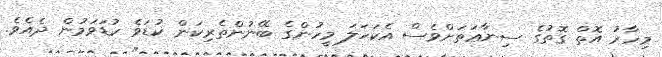
މިހާރު އޮތް ގޮތުގެ ސިނާޢަތަށްވެސް އެކަހަލަ މީހުންގެ ބޭނުންތެރިކަން ކުޑަވެ ކުޑަވަމުން ދެއެވެ.